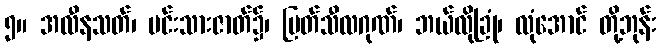
၅။ အလီနသတ်၊ မင်းသားဇာတ်၌၊ မြတ်သီလဂုဏ်၊ ဘယ်လိုခြုံ၊ လုံအောင် တို့ဘုန်း